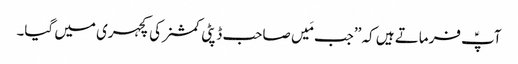
آپؑ فرماتے ہیں کہ ’’جب مَیں صاحب ڈپٹی کمشنر کی کچہری میں گیا۔